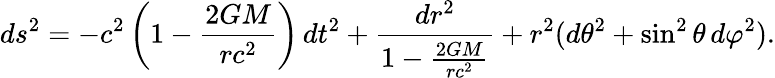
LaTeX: ds^{2}=-c^{2}\left(1-{\frac{2GM}{rc^{2}}}\right)\, dt^{2}+{\frac{dr^{2}}{1-{\frac{2GM}{rc^{2}}}}}+r^{2}(d\theta^{2}+\sin^{2}\theta\, d\varphi^{2}).